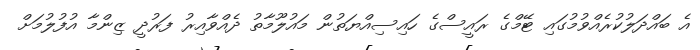
އެ ބައްދަލުކުރެއްވުމުގައި ޓޭމްގެ ރައީސްގެ ހައިސިއްޔަތުން މައުލޫމާތު ދެއްވާއިރު ފަރުދީ ޒިންމާ އުފުލުމަށް